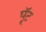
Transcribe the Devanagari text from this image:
घूॅट